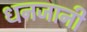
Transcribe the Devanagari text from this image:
धनजानी